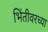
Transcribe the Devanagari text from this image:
भिंतीवरच्या